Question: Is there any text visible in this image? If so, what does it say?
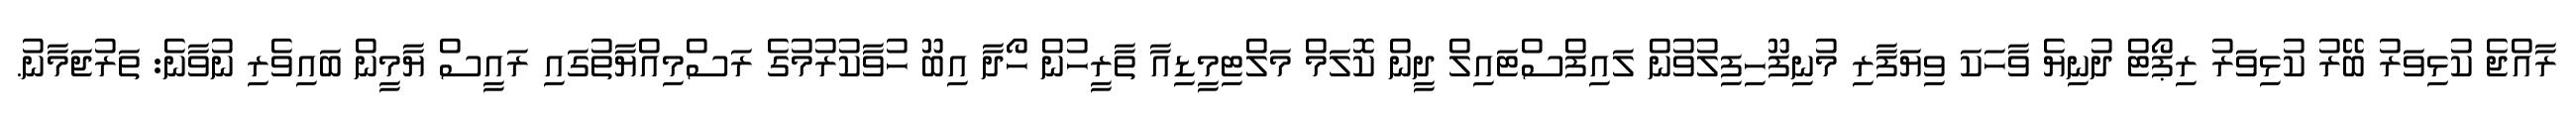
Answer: ރާއްޖެ ކުޅިވަރު ބޭރު ކުޅިވަރު ރިޕޯޓް ދުނިޔެ ވާހަކަ ވިޔަފާރި މުނިފޫހިފިލުވުން ލައިފްސްޓައިލް ދީން ކޮލަމް މަލްޓިމީޑިއާ ތާރީހުން ހޯދާ އިބޫ ހުވާކުރުމުގެ ރަސްމިއްޔާތުގައި ރައީސް ޔާމީން ބައިވެރި ނުވާނެ: ތަރުޖަމާނު.